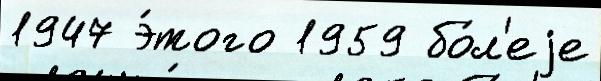
1947 э́того 1959 бо́л'еjе